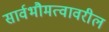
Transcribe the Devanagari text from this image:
सार्वभौमत्वावरील